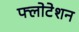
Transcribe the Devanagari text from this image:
फ्लोटेशन